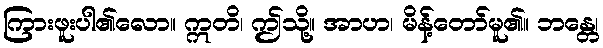
ကြားဖူးပါ၏လော။ ဣတိ၊ ဤသို့။ အာဟ၊ မိန့်တော်မူ၏။ ဘန္တေ၊